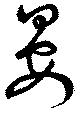
晏